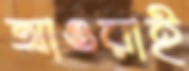
আওরাই